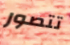
تتصور